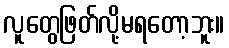
လူတွေဖြတ်လို့မရတော့ဘူး။